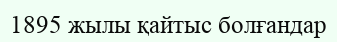
1895 жылы қайтыс болғандар